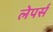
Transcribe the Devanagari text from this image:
लेपर्स